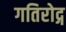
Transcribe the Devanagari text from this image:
गतिरोद्ग